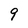
Character: 9